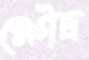
ক্ষৌদ্র